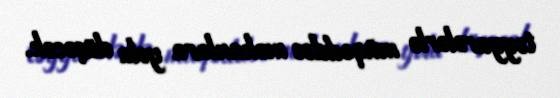
təyyarələrlə müqəddəs məkanlara yola düşəcək.